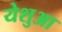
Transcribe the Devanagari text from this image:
येशुआ